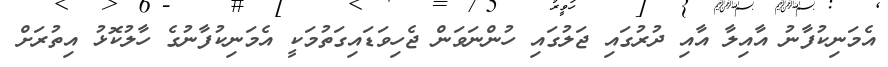
އެމަނިކުފާނު އާއިލާ އާއި ދުރުގައި ޖަލުގައި ހުންނަވަން ޖެހިވަޑައިގަތުމަކީ އެމަނިކުފާނުގެ ހާލުކޮޅު އިތުރަށް